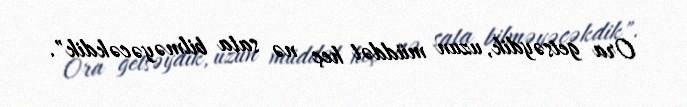
Ora getsəydik, uzun müddət heç nə sata bilməyəcəkdik".